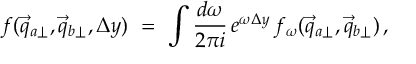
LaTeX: f ( \vec { q } _ { a \perp } , \vec { q } _ { b \perp } , \Delta y ) \ = \ \int { \frac { d \omega } { 2 \pi i } } \, e ^ { \omega \Delta y } \, f _ { \omega } ( \vec { q } _ { a \perp } , \vec { q } _ { b \perp } ) \, ,